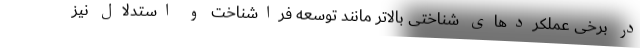
در برخی عملکردهای شناختی بالاتر مانند توسعه فراشناخت و استدلال نیز